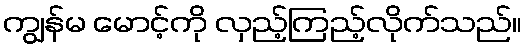
ကျွန်မ မောင့်ကို လှည့်ကြည့်လိုက်သည်။